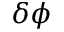
\delta \phi